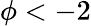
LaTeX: \phi<-2